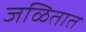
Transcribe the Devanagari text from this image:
जळितात